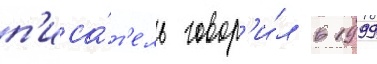
п'иса́т'ель говор'и́л в 1999